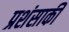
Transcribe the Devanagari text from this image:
प्रशंसाकी